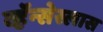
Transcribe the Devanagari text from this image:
व्हॅन्सेस्लास